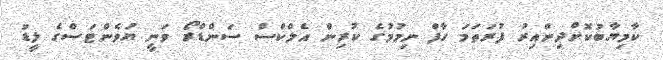
ކާމިޔާބުކޮށްދިންއިރު ފުރަތަމަ ހާފް ނިމުމުގެ ކުރިން އެލްކްސް ސަންޑްރޯ ވަނީ ޔުވެންޓަސްގެ ލީޑު